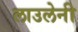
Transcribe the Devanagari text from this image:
लाउलेनी